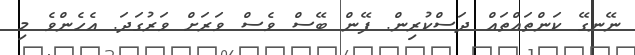
ނޭނގޭ ކަންތައްތައް ދަސްކުރިން. ފޭން ބޭސް ވެސް ވަރަށް ވަރުގަދަ. އެހެންވެ މި